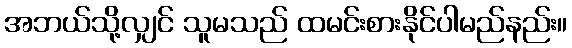
အဘယ်သို့လျှင် သူမသည် ထမင်းစားနိုင်ပါမည်နည်း။